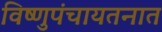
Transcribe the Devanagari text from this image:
विष्णुपंचायतनात